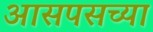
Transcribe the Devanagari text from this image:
आसपसच्या